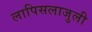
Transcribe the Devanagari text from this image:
लापिसलाजुली